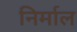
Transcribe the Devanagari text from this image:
निर्माल